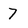
Character: 7